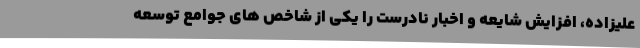
علیزاده، افزایش شایعه و اخبار نادرست را یکی از شاخص های جوامع توسعه